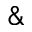
\&